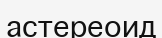
астереоид